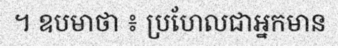
។ ឧបមាថា ៖ ប្រហែលជាអ្នកមាន